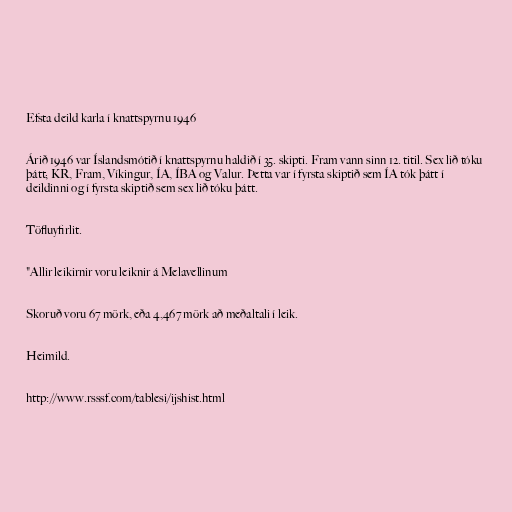
Efsta deild karla í knattspyrnu 1946

Árið 1946 var Íslandsmótið í knattspyrnu haldið í 35. skipti. Fram vann sinn 12. titil. Sex lið tóku
þátt; KR, Fram, Víkingur, ÍA, ÍBA og Valur. Þetta var í fyrsta skiptið sem ÍA tók þátt í
deildinni og í fyrsta skiptið sem sex lið tóku þátt.

Töfluyfirlit.

"Allir leikirnir voru leiknir á Melavellinum

Skoruð voru 67 mörk, eða 4,467 mörk að meðaltali í leik.

Heimild.

http://www.rsssf.com/tablesi/ijshist.html